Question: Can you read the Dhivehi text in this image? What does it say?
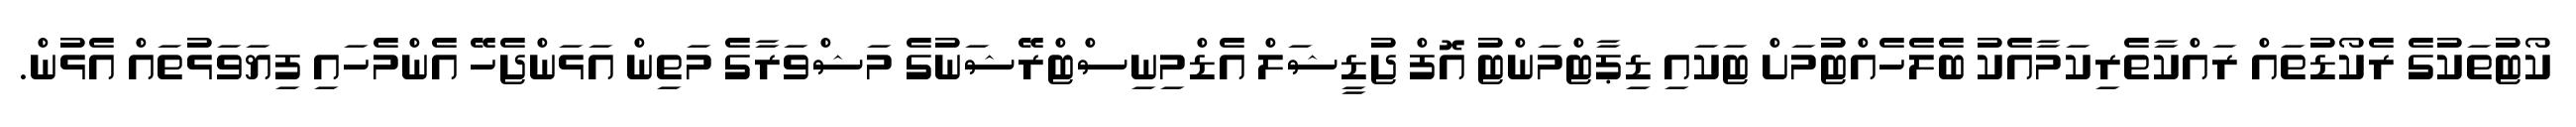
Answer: ކޯޓުތަކުގެ ރެކޯޑުތައް ރައްކާތެރިކަމާއެކު ބެލެހެއްޓުމަށް ޓަކައި ޑިޕާޓްމަންޓު އޮފް ޖުޑީޝަލް އެޑްމިނިސްޓްރޭޝަނުގެ މަޝްވަރާގެ މަތިން އަޅަންޖެހޭ އެންމެހައި ފިޔަވަޅުތައް އެޅުން.